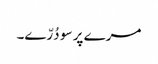
مرے پر سو دُرّے۔